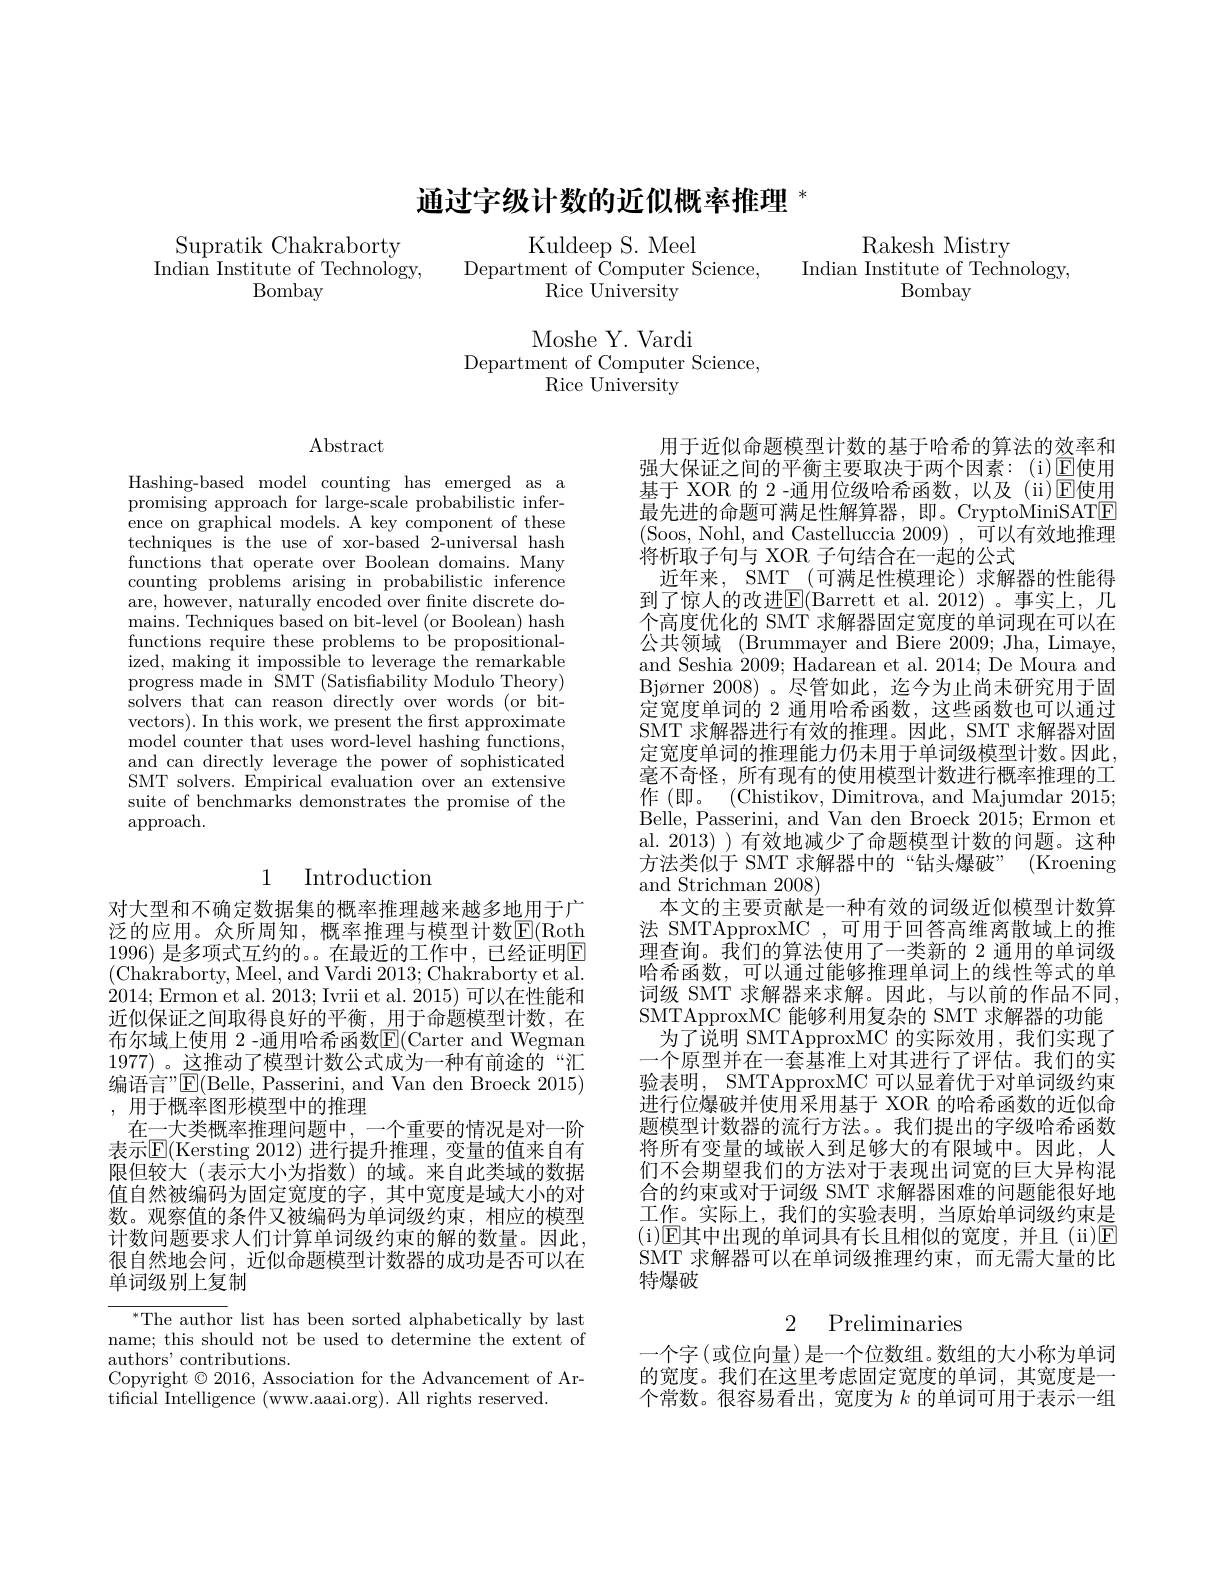
Supratik Chakraborty

Indian Institute of Technology,

Bombay

# 通过字级计数的近似概率推理$^{*}$

Kuldeep S. Meel
${\mathrm{Department~of~\bar{C}omputer~Science,}}$
Rice University

Moshe Y. Vardi
Department of Computer Science,
Rice University

Rakesh Mistry

Indian Institute of Technology,

Bombay

$\operatorname{Abstract}$

Hashing-based model counting has emerged as a promising approach for large-scale probabilistic infertechniques is the use of xor-based 2-universal hash functions that operate over Boolean domains. Many counting problems arising in probabilistic inference are, however, naturally encoded over fnite discrete domains. Techniques based on bit-level (or Boolean) hash functions require these problems to be propositionalized, making it impossible to leverage the remarkable progress made in ${\hat{\text{SMT}}}($Satisfiability Modulo Theory) solvers that can reason directly over words (or bitvectors). In this work, we present the frst approximate model counter that uses word-level hashing functions, and can directly leverage the power of sophisticated SMT solvers. Empirical evaluation over an extensive suite of benchmarks demonstrates the promise of the approach.

# 1 Introduction

对大型和不确定数据集的概率推理越来越多地用于广泛的应用。众所周知，概率推理与模型计数$\overline{\mathbb{E}}($Roth 1996) 是多项式互约的。。在最近的工作中，已经证明E (Chakraborty, Meel, and Vardi 2013;Chakraborty et al. 2014;Ermon et al. 2013; Ivrii et al. 2015) 可以在性能和近似保证之间取得良好的平衡，\_用于命题模型计数，在布尔域上使用 2 -通用哈希函数E(Carter and Wegman 1977) 。这推动了模型计数公式成为一种有前途的“汇编语言"$\boxed{\mathrm{E}}($Belle, Passerini, and Van den Broeck 2015) , 用于概率图形模型中的推理
在一大类概率推理问题中，一个重要的情况是对一阶表示$\mathbb{E}($Kersting 2012)进行提升推理，变量的值来自有限但较大(表示大小为指数)的域。来自此类域的数据值自然被编码为固定宽度的字，其中宽度是域大小的对数。观察值的条件又被编码为单词级约束，相应的模型计数问题要求人们计算单词级约束的解的数量。因此， 很自然地会问，近似命题模型计数器的成功是否可以在单词级别上复制

$^{*}$The author list has been sorted alphabetically by last name; this should not be used to determine the extent of authors' contributions.
Copyright $\odot2016$, Association for the Advancement of Ar-
tificial Intelligence (www.aaai.org). All rights reserved.

用于近似命题模型计数的基于哈希的算法的效率和强大保证之间的平衡主要取决于两个因素：(i)回使用基于 XOR 的 2 -通用位级哈希函数，以及 (ii)$\overline{\mathrm{E}}$使用最先进的命题可满足性解算器，即。CryptoMiniSATE (Soos, Nohl, and Castelluccia 2009) , 可以有效地推理将析取子句与 XOR 子句结合在一起的公式
近年来，SMT (可满足性模理论) 求解器的性能得到了惊人的改进$\boxed{\mathrm{E}}($Barrett et al.2012)。事实上，几个高度优化的 SMT 求解器固定宽度的单词现在可以在公共领域 (Brummayer and Biere 2009; Jha, Limaye, and Seshia 2009; Hadarean et al. 2014; De Moura and Bjø rner 2008) 。尽 管 如 此 , 迄 今 为 止 尚 未 研 究 用 于 固 定宽度单词的 2 通用哈希函数，这些函数也可以通过SMT 求解器进行有效的推理。因此，SMT 求解器对固定宽度单词的推理能力仍未用于单词级模型计数。因此， 毫不奇怪，所有现有的使用模型计数进行概率推理的工作 (即。(Chistikov, Dimitrova, and Majumdar 2015; Belle, Passerini, and Van den Broeck 2015; Ermon et al. 2013) ) 有效地减少了命题模型计数的问题。这种方法类似于 SMT 求解器中的“钻头爆破”(Kroening and Strichman 2008)
本文的主要贡献是一种有效的词级近似模型计数算法 SMTApproxMC ,可用于回答高维离散域上的推理查询。我们的算法使用了一类新的 2 通用的单词级哈希函数，可以通过能够推理单词上的线性等式的单词级 SMT 求解器来求解。因此，与以前的作品不同SMTApproxMC 能够利用复杂的 SMT 求解器的功能
为了说明 SMTApproxMC 的实际效用，我们实现了一个原型并在一套基准上对其进行了评估。我们的实验表明，SMTApproxMC 可以显着优于对单词级约束进行位爆破并使用采用基于 XOR 的哈希函数的近似命题模型计数器的流行方法。我们提出的字级哈希函数将所有变量的域嵌入到足够大的有限域中。因此，人们不会期望我们的方法对于表现出词宽的巨大异构混合的约束或对于词级 SMT 求解器困难的问题能很好地工作。实际上，我们的实验表明，当原始单词级约束是(i)E其中出现的单词具有长且相似的宽度，并且(ii)E SMT 求解器可以在单词级推理约束，而无需大量的比特爆破
2 Preliminaries

一个字 (或位向量) 是一个位数组。数组的大小称为单词的宽度。我们在这里考虑固定宽度的单词，其宽度是一个常数。很容易看出，宽度为$k$的单词可用于表示一组